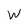
Character: W